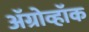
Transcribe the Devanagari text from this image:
अॅग्रोव्हॉक